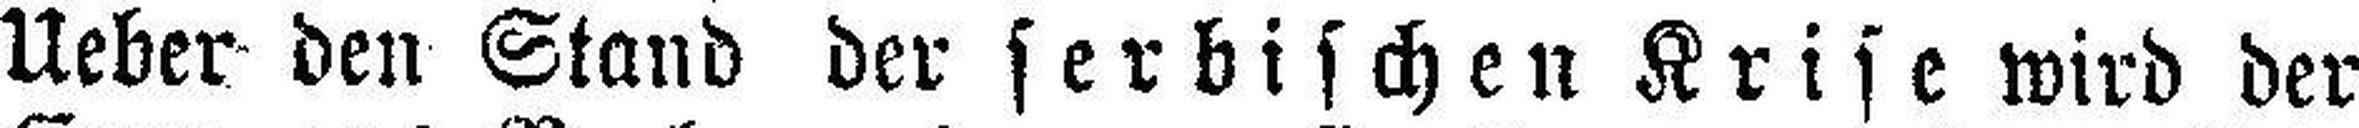
Ueber den Stand der serbischen Krise wird der